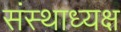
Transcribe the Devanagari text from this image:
संस्थाध्यक्ष